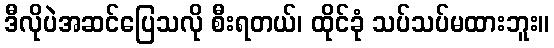
ဒီလိုပဲအဆင်ပြေသလို စီးရတယ်၊ ထိုင်ခုံ သပ်သပ်မထားဘူး။